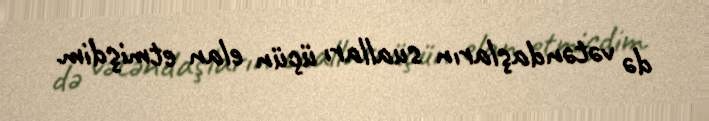
də vətəndaşların sualları üçün elan etmişdim.